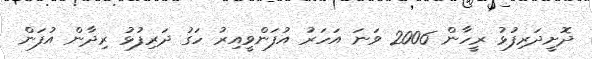
ދޮށީދަރިފުޅު ރީހާން 2006 ވަނަ އަހަރު އުފަންވީއިރު ހަގު ދަރިފުޅު ރިދާން އުފަން